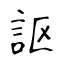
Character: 𧦅